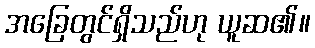
အခြေတွင်ရှိသည်ဟု ယူဆ၏။